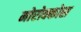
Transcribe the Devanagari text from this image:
मोरोक्कोस